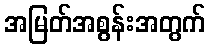
အမြတ်အစွန်းအတွက်